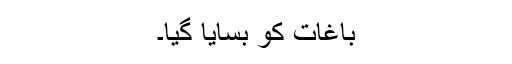
باغات کو بسایا گیا۔